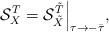
LaTeX: \begin{align*}{\cal S}^{T}_X = {\cal S}^{\tilde T}_{\tilde X}\Big|_{\tau\rightarrow -\bar\tau}, \end{align*}